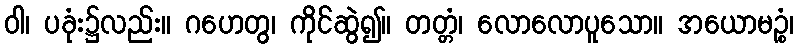
ဝါ၊ ပခုံး၌လည်း။ ဂဟေတွ၊ ကိုင်ဆွဲ၍။ တတ္တံ၊ လောလောပူသော။ အယောမဉ္စံ၊